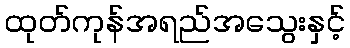
ထုတ်ကုန်အရည်အသွေးနှင့်